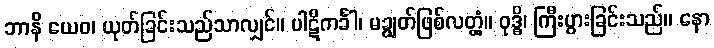
ဘာနိ ယေဝ၊ ယုတ်ခြင်းသည်သာလျှင်။ ပါဋိကင်္ခါ၊ မချွတ်ဖြစ်လတ္တံ့။ ဝုဒ္ဓိ၊ ကြီးပွားခြင်းသည်။ နော